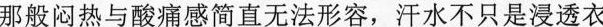
那般闷热与酸痛感简直无法形容，汗水不只是浸透衣